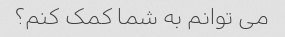
می توانم به شما کمک کنم؟